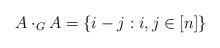
LaTeX: \begin{align*}A\cdot_G A= \{i-j : i,j \in [n]\}\end{align*}